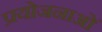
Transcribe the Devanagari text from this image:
प्रयोजनाओं